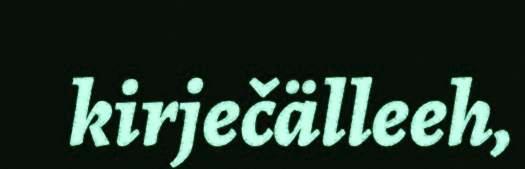
kirječälleeh,